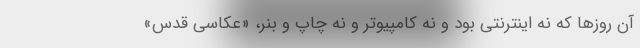
آن روزها که نه اینترنتی بود و نه کامپیوتر و نه چاپ و بنر، «عکاسی قدس»